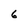
Character: 6